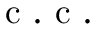
\mathrm { ~ c ~ . ~ c ~ . ~ }